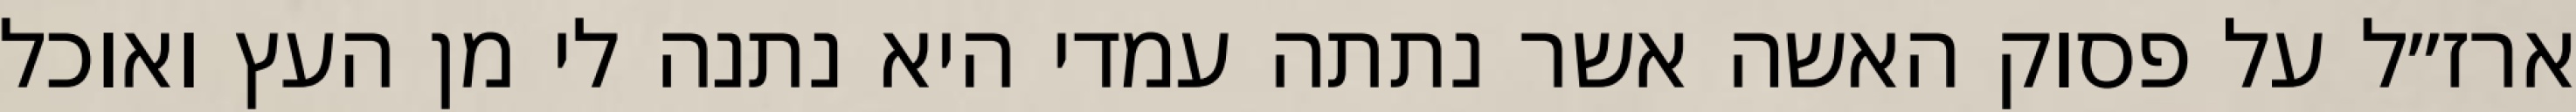
ארז״ל על פסוק האשה אשר נתתה עמדי היא נתנה לי מן העץ ואוכל